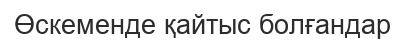
Өскеменде қайтыс болғандар